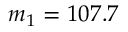
m _ { 1 } = 1 0 7 . 7